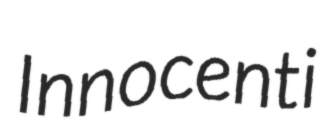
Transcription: Innocenti